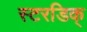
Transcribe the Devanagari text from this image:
स्टरडिक्